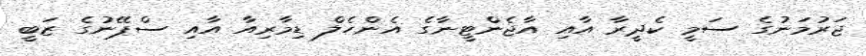
ޖަރުމަނުގެ ސަމީ ކެދީރާ އާއި އާޖެންޓީނާގެ އެންހެލް ޑިމާރިއާ އާއި ސްޕޭނުގެ ޒަބީ